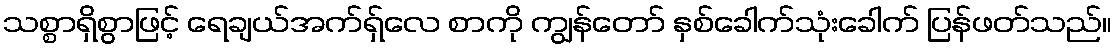
သစ္စာရှိစွာဖြင့် ရေချယ်အက်ရှ်လေ စာကို ကျွန်တော် နှစ်ခေါက်သုံးခေါက် ပြန်ဖတ်သည်။